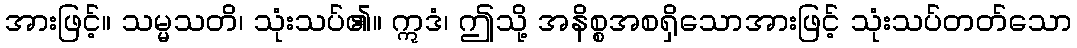
အားဖြင့်။ သမ္မသတိ၊ သုံးသပ်၏။ ဣဒံ၊ ဤသို့ အနိစ္စအစရှိသောအားဖြင့် သုံးသပ်တတ်သော